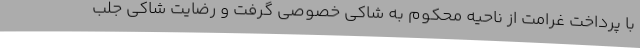
با پرداخت غرامت از ناحیه محکوم به شاکی خصوصی گرفت و رضایت شاکی جلب